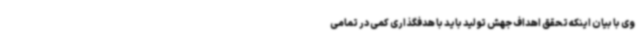
وی با بیان اینکه تحقق اهداف جهش تولید باید با هدفگذاری کمی در تمامی